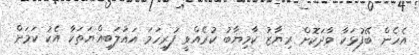
އެހެން ބޭފުޅަކާ ވާދަކޮށް ރިޔާޒު ކާމިޔާބު ކުރެއްވީ ފުރިހަމަ އަޣުލަބިއްޔަތަކާ އެކު ކަމަށް